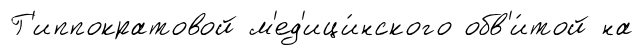
Г'иппократовой м'ед'ици́нского обв'и́той на